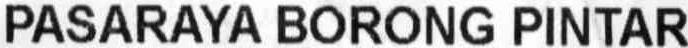
PASARAYA BORONG PINTAR